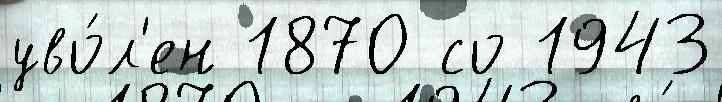
уво́л'ен 1870 со 1943